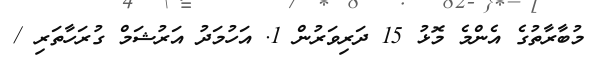
މުބާރާތުގެ އެންމެ މޮޅު 15 ދަރިވަރުން 1. އަހުމަދު އަރުޝަމް ގުރަހާތަރި /